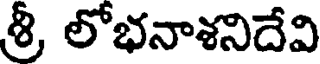
శ్రీ లోభనాశనిదేవి